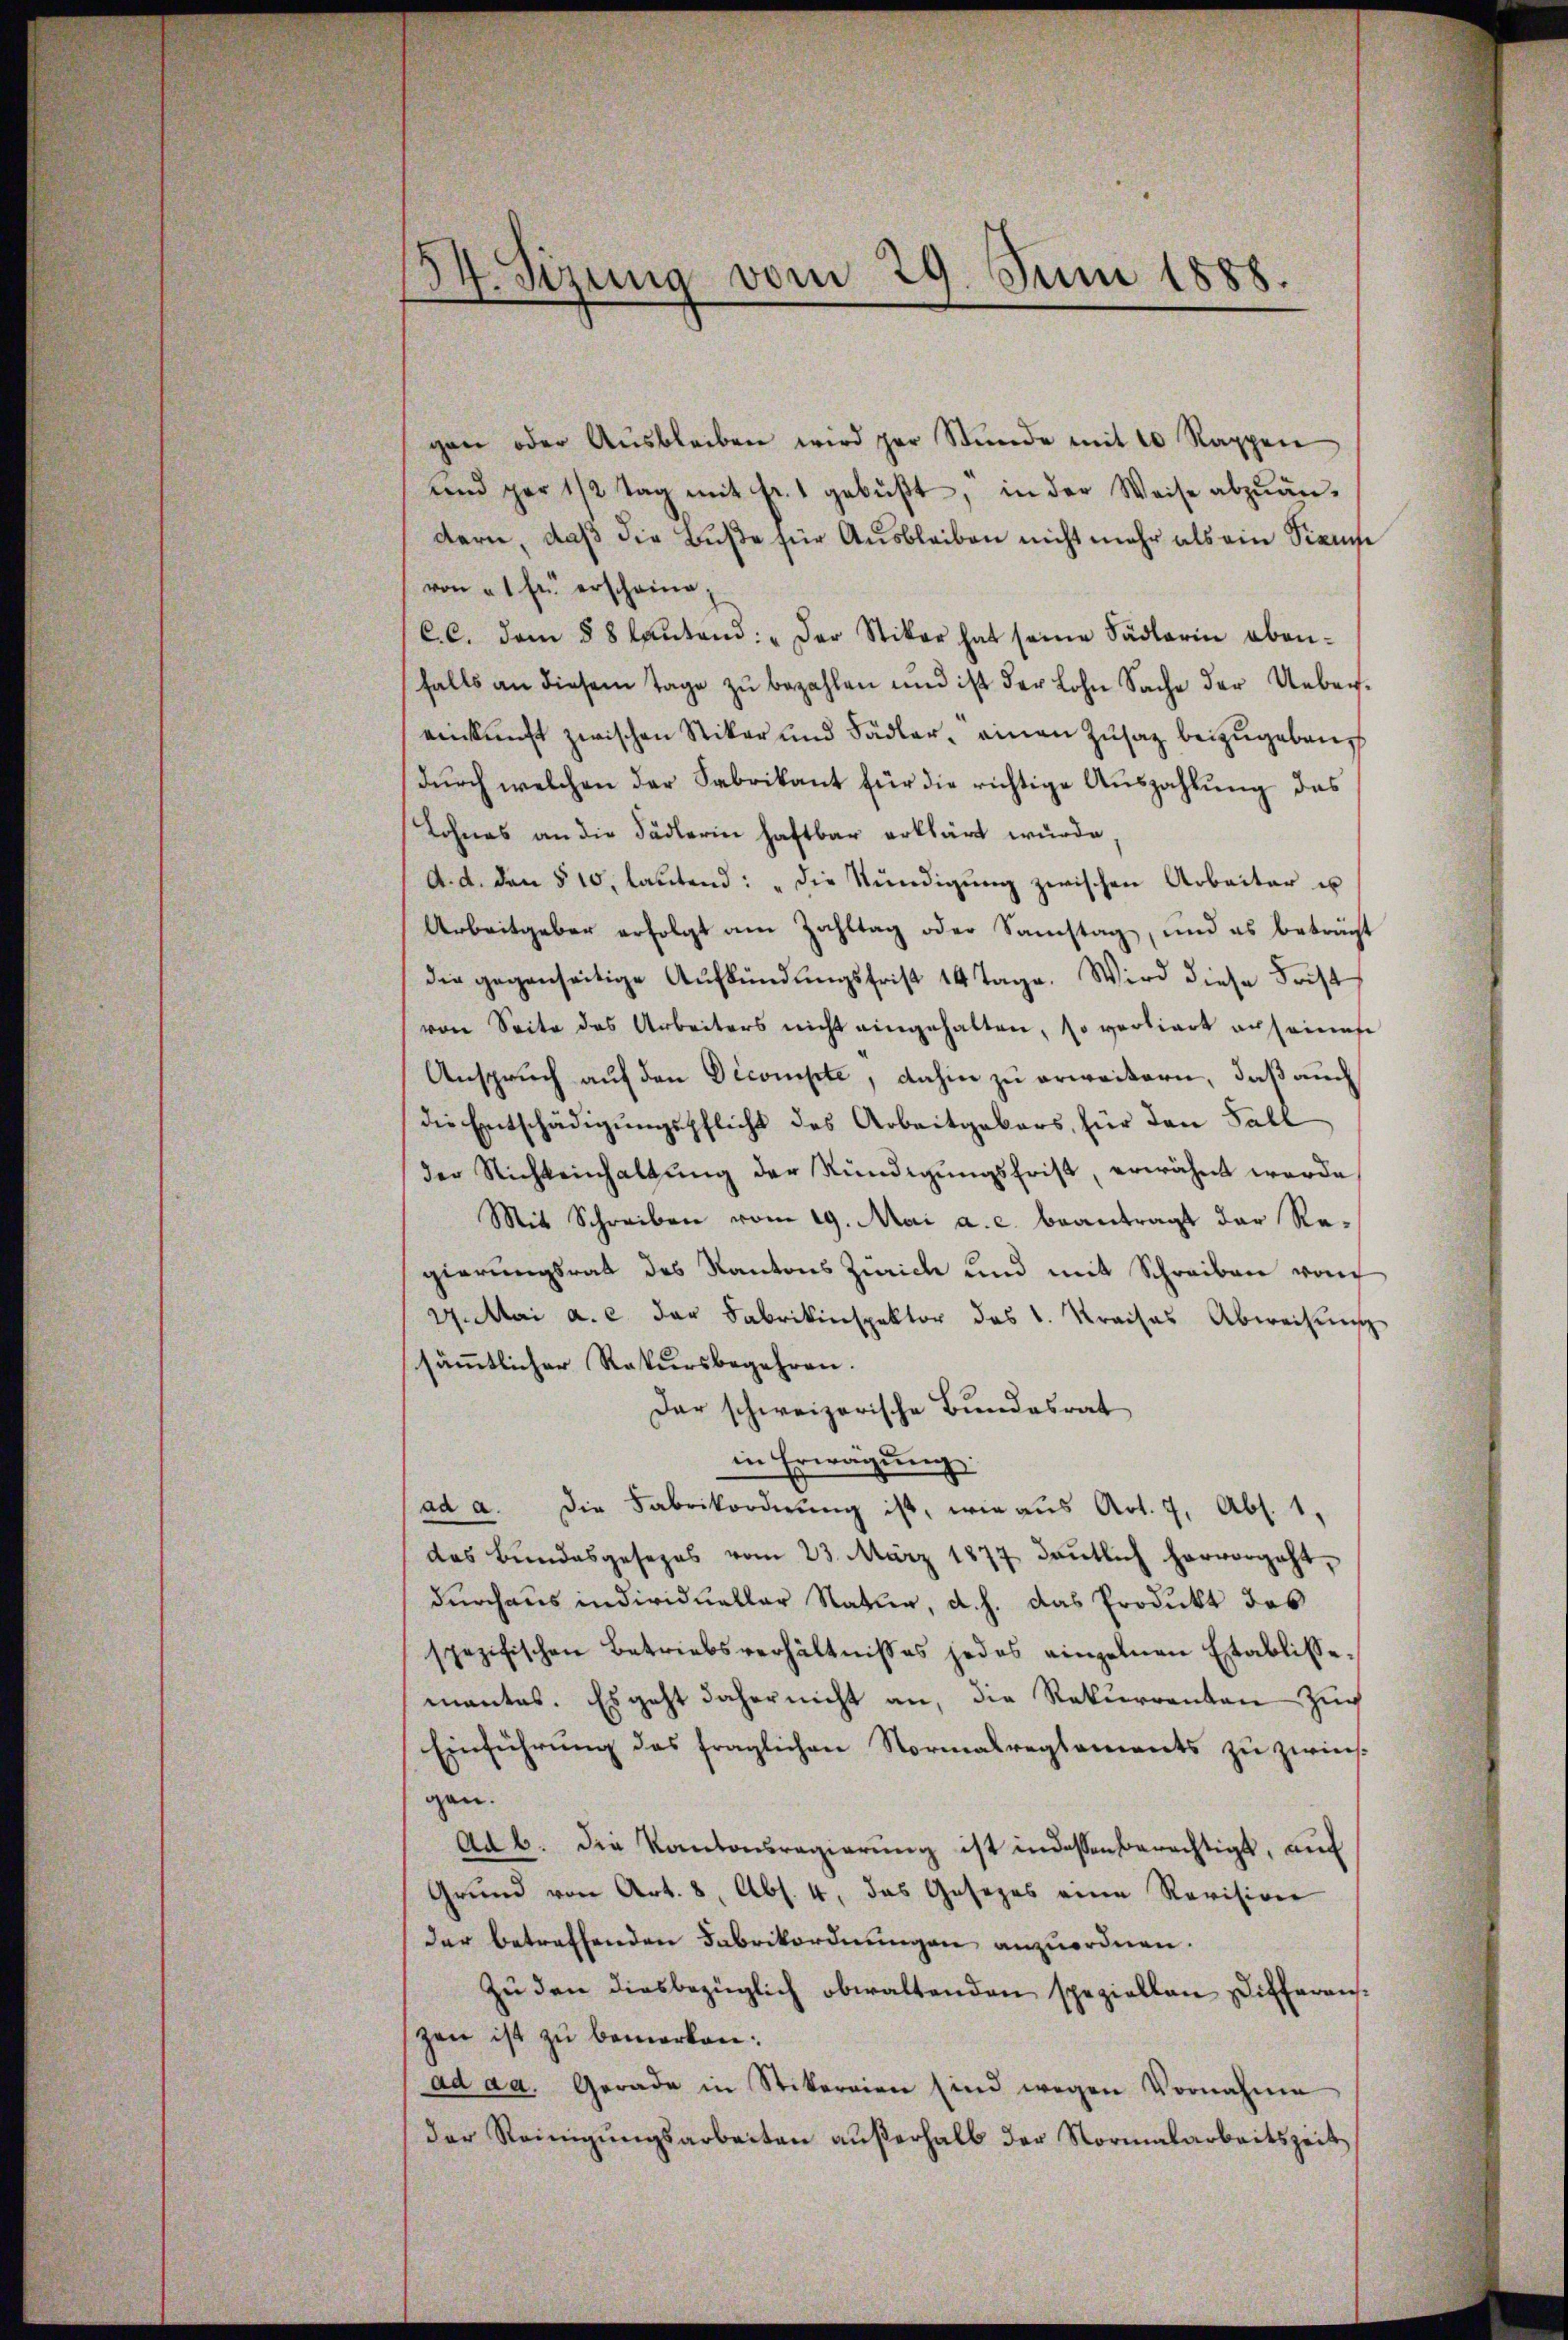
34. Sizung vom 29. Juni 1888.

gen oder Aŭsbleiben wird par Stŭnde mit 10 Rappen
Lnd par 1/2 Tag mit Fr. 1 gebŭβt, in der Weise abzuän-
dern, daß die Buße für Ausbleiben nicht mehr als ein Sinne
von 1 Fr. erscheine,
C.C. dem § 8 laŭtend: „Der Stiker hat seine Fädlerin oben-
falls an diesem Tage zu bezahlen und ist der Lohn Sache der Uebereinkunft zwischen Vikar und Fädler, einen Zusatz beizugebeug
dŭrch welchen der Fabrikant für die richtige Aŭszahlŭng das
Lohnes an die Fädlerin haftbar erklärt wurde
A. d. den § 10. laŭtend: "die Kündigŭng zwischen Arbeiter u
Arbeitgeber erfolgt am Zahltag oder Samstag, und es beträgt
die gegenseitige Aufkündŭngsfrist 14 Tage. Wird diese Frist
von Seite des Arbeiters nicht eingehalten, so vorliert auseines
Anspruch auf den Decompte, dahin zu erweitern, daß auch
die Entschädigŭngspflicht des Arbeitgebors, für den Fall
der Nichteinhaltŭng der Kündigŭngsfrist, erwähnt werde
Mit Schreiben vom 19. Mai a. c. beantragt der Regierungsrat des Kantons Zürich und mit Schreiben von
Mai a. c. der Fabrikinspektor das k. Kreises Abweisung
sämmtlicher Rekursbegehren.
Der schweizerische Bundesrat
in Erwägung
ad a. die Fabrikordnung ist, wie aus Art. 7, Abs. 1.
das Bundesgesezes vom 23. März 1877 daṅtlich hervorgeht,
durchaus individueller Natur, d. h. das Produkt des
spezifischen Betriebsverhältnisses jedes einzelnen Etablisse.
mantes. Es geht daher nicht an, die Rekurrenten Zug
Einführung des fraglichen Normalreglements zu zwis
gen.
ad b. die Kantonsregierŭng ist indessen berechtigt, aŭf
Grund von Art. 8, Abs. 4, das Gesezes eine Revision
der betreffenden Fabrikordnungen anzuordnen.
Zŭ den diesbezüglich obwaltenden speziellen Differenzen ist zu bemerken:
ad aa. Gerade in Stikereien sind wegen Vornahme
der Reinigŭngsarbeiten außerhalb der Normalarbeitszeit